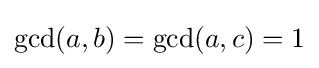
\gcd(a,b)=\gcd(a,c)=1